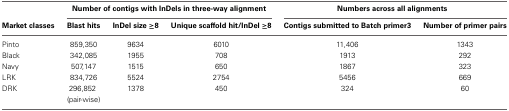
<table><thead><tr><td></td><td colspan="3"><b>Number of contigs with InDels in three-way alignment</b></td><td colspan="2"><b>Numbers across all alignments</b></td></tr><tr><td><b>Market classes</b></td><td><b>Blast hits</b></td><td><b>InDel size ≥8</b></td><td><b>Unique scaffold hit/InDel ≥8</b></td><td><b>Contigs submitted to Batch primer3</b></td><td><b>Number of primer pairs</b></td></tr></thead><tbody><tr><td>Pinto</td><td>859,350</td><td>9634</td><td>6010</td><td>11,406</td><td>1343</td></tr><tr><td>Black</td><td>342,085</td><td>1955</td><td>708</td><td>1913</td><td>292</td></tr><tr><td>Navy</td><td>507,147</td><td>1515</td><td>650</td><td>1867</td><td>323</td></tr><tr><td>LRK</td><td>834,726</td><td>5524</td><td>2754</td><td>5456</td><td>669</td></tr><tr><td>DRK</td><td>296,852 (pair-wise)</td><td>1378</td><td>450</td><td>324</td><td>60</td></tr></tbody></table>